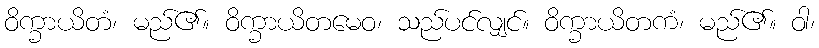
ဝိက္ခာယိတံ၊ မည်၏။ ဝိက္ခာယိတမေဝ၊ သည်ပင်လျှင်။ ဝိက္ခာယိတကံ၊ မည်၏။ ဝါ၊